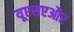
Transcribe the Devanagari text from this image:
यूएसएऔर